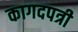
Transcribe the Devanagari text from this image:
कागदपत्री